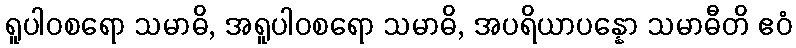
ရူပါဝစရော သမာဓိ, အရူပါဝစရော သမာဓိ, အပရိယာပန္နော သမာဓီတိ ဧဝံ